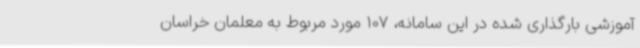
آموزشی بارگذاری شده در این سامانه، 107 مورد مربوط به معلمان خراسان